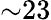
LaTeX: {\sim}23